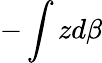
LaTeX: -\int zd\beta